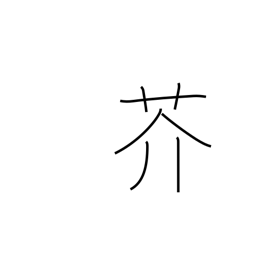
Meaning: rape